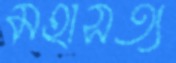
মহাসত্য